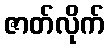
ဇာတ်လိုက်